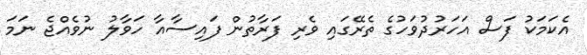
އެކަމަކު ފަސް އަހަރުދުވަހުގެ ތެރޭގައި ވެރި ފަރާތުން ފައިސާއާ ހަވާލު ނުވެއްޖެ ނަމަ